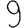
Digit: 9